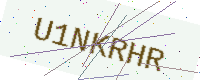
Text: U1NKRHR